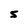
Character: 5